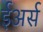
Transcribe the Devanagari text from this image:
ईअर्स